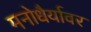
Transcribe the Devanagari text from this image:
मनोधैर्यावर